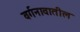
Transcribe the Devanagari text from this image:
वर्गनावातील